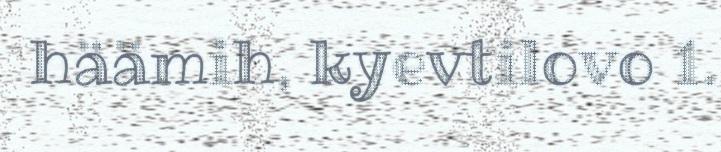
häämih, kyevtilovo 1.